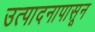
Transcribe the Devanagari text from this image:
उत्पादनापासून